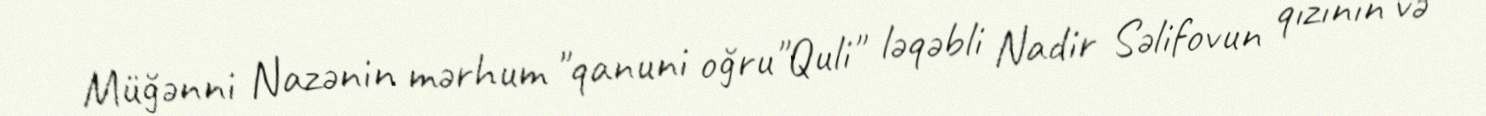
Müğənni Nazənin mərhum "qanuni oğru"Quli" ləqəbli Nadir Səlifovun qızının və